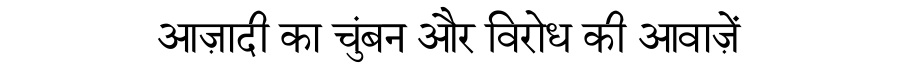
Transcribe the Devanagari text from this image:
आज़ादी का चुंबन और विरोध की आवाज़ें